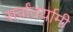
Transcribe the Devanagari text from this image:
सर्वांतर्यामी